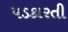
પડકારતી